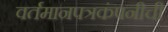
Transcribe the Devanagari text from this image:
वर्तमानपत्रकंपनीची